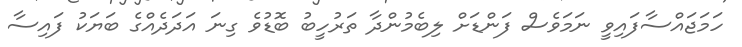
ހަމަޖައްސާފައިވީ ނަމަވެސް ފަންޑަށް ލިބެމުންދާ ތަރުހީބު ބޮޑުވެ ގިނަ އަދަދެއްގެ ބަޔަކު ފައިސާ